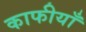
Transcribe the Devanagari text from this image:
काफीयाँ